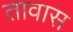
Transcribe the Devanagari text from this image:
तावास